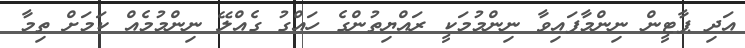
އަދި ޕާޓީން ނިންމާފައިވާ ނިންމުމަކީ ރައްޔިތުންގެ ހައްގު ގެއްލޭ ނިންމުމެއް ކަމަށް ތިމާ